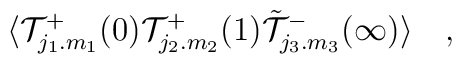
\langle {\cal T}_{j_1.m_1}^+(0){\cal T}_{j_2.m_2}^+(1)\tilde  {\cal T}_{j_3.m_3}^-(\infty)\rangle\quad,